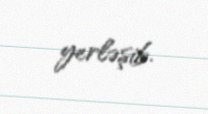
yerləşib.